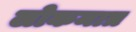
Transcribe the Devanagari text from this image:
लोकमात्र